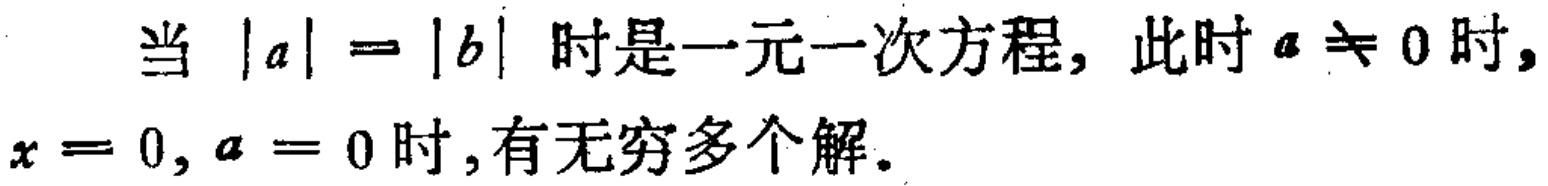
当 \(|a| = |b|\) 时是一元一次方程, 此时 \(a \neq 0\) 时, \(x = 0\), \(a = 0\) 时,有无穷多个解。